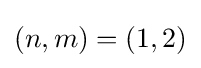
(n,m)=(1,2)